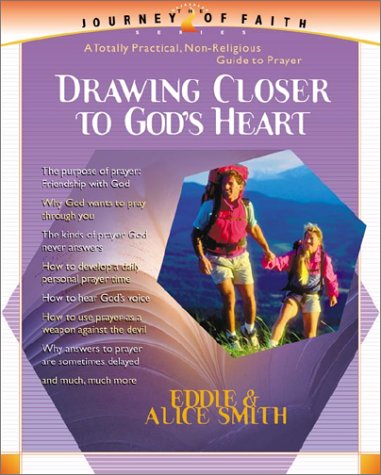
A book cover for Drawing Closer to God's Heart (Journey of Faith, 2); Eddie Smith; Christian Books & Bibles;